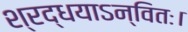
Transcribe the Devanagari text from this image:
श्रद्धयाऽन्वितः।